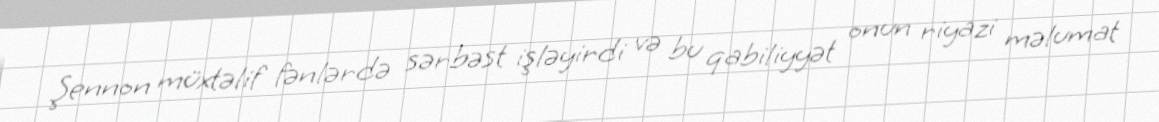
Şennon müxtəlif fənlərdə sərbəst işləyirdi və bu qabiliyyət onun riyazi məlumat